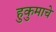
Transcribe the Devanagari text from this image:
हुकुमाचे